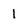
Character: 1